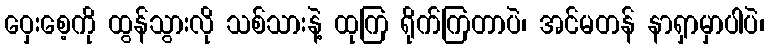
ဝှေးစေ့ကို ထွန်သွားလို သစ်သားနဲ့ ထုကြ ရိုက်ကြတာပဲ၊ အင်မတန် နာရှာမှာပါပဲ၊